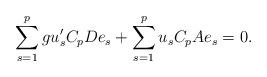
LaTeX: \begin{align*} \sum_{s=1}^p g u_s'C_pDe_s + \sum_{s=1}^pu_sC_pAe_s = 0.\end{align*}